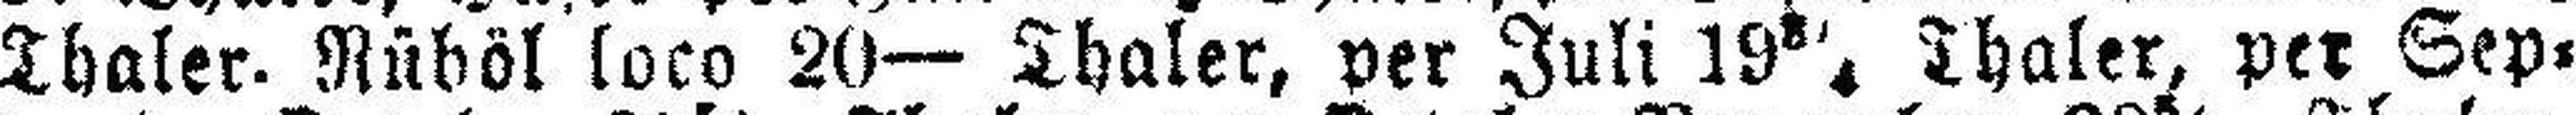
Thaler- Rüböl loco 20— Thaler, per Juli 19 8/4 Thaler, per Sep¬